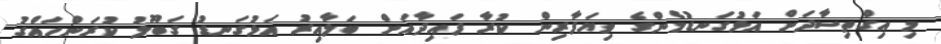
މި އިގްތިސާދަށް އަޅުގަނޑުމެންގެ ވިޔަފާރިން ކުރާ ފައިދާއަށް ބަލާއިރު އަޅުގަނޑު ގަބޫލު ކުރަންހައްގު